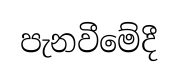
පැනවීමේදී